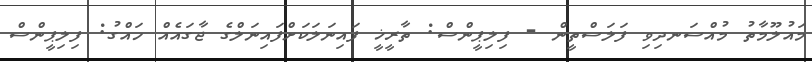
މައުލޫމާތު މުއްސަނދިވި ފަލަސްތީން - ފިލިޕީންސް: ތާރީޚީ ފައިނަލަކަށްފައިނަލްގެ ޖާގަައެއް ހައްގު: ފިލިޕީންސް